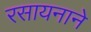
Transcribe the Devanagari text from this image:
रसायनाने